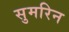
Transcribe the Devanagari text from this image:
सुमरिन